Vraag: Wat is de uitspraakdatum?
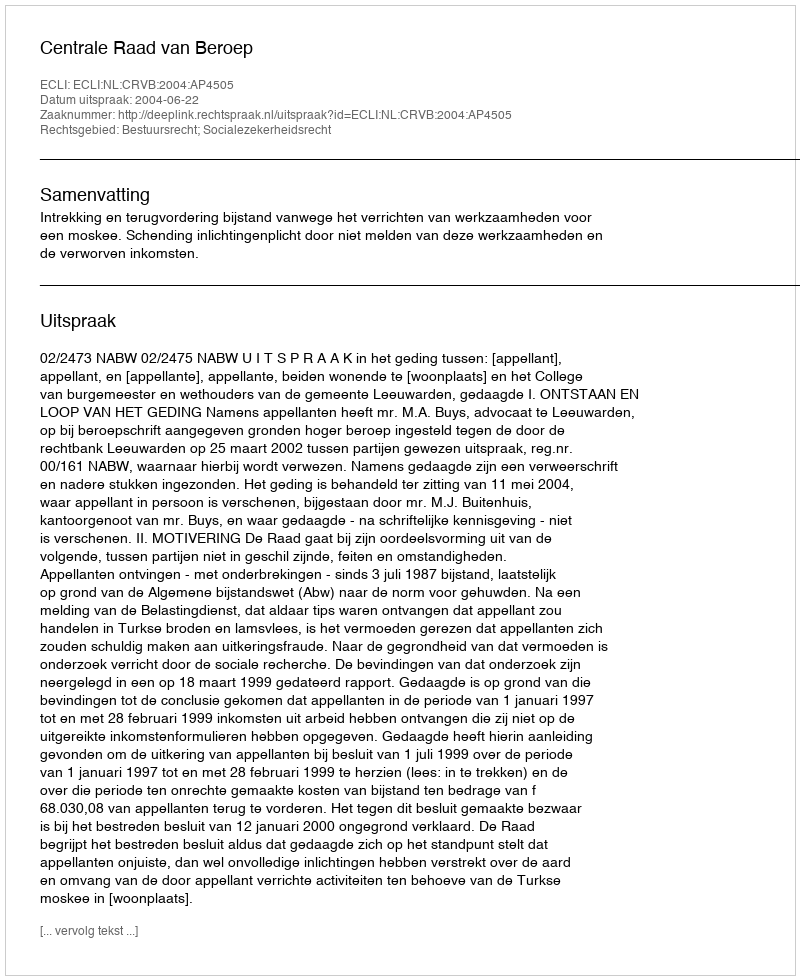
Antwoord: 2004-06-22